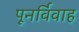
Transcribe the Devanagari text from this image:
पूनर्विवाह